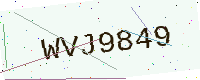
Text: WVJ9849